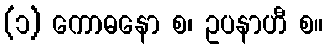
(၁) ကောဓနော စ၊ ဥပနာဟီ စ။